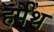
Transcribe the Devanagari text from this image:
हर्पेथ